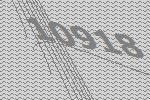
10918